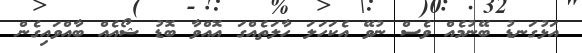
އަޅުގަނޑު ބޭނުމެއް ވެސް ނުވޭ އެކަހަލަ ހާލަތެއްގަ އޮއްވާ ބޮޑު ޝޯއެއް ބާއްވައިގެން